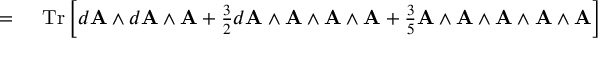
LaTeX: \begin{array} { r l } { = { } } & { { } \operatorname { T r } \left[ d \mathbf { A } \wedge d \mathbf { A } \wedge \mathbf { A } + { \frac { 3 } { 2 } } d \mathbf { A } \wedge \mathbf { A } \wedge \mathbf { A } \wedge \mathbf { A } + { \frac { 3 } { 5 } } \mathbf { A } \wedge \mathbf { A } \wedge \mathbf { A } \wedge \mathbf { A } \wedge \mathbf { A } \right] } \end{array}